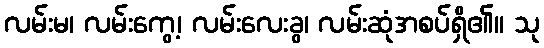
လမ်းမ၊ လမ်းကွေ့၊ လမ်းလေးခွ၊ လမ်းဆုံအစပ်ရှိ၏။ သု